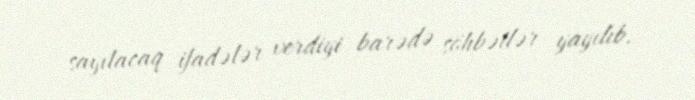
sayılacaq ifadələr verdiyi barədə söhbətlər yayılıb.